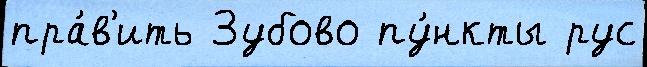
пра́в'ить Зубово пу́нкты рус